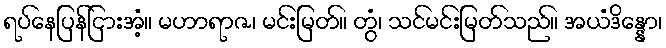
ရပ်နေပြန်ငြားအံ့။ မဟာရာဇ၊ မင်းမြတ်။ တွံ၊ သင်မင်းမြတ်သည်။ အယံဒိန္နော၊